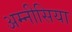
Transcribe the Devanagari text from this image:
अम्नीसिया